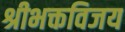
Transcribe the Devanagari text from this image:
श्रीभक्तविजय